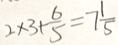
2 \times 3 + \frac { 6 } { 5 } = 7 \frac { 1 } { 5 }